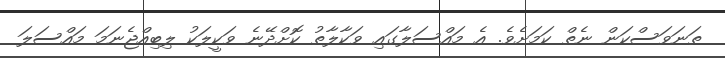
ތަނަވަސްކަން ނެތް ކަމަށެވެ. އެ މައްސަލާގައި ވަކާލާތު ކޮށްދޭނެ ވަކީލަކު ލިބިއްޖެނަމަ މައްސަލަ